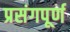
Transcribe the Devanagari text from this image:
प्रसंगपूर्ण